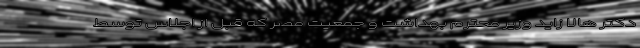
دکتر هالا زاید وزیر محترم بهداشت و جمعیت مصر که قبل از اجلاس توسط